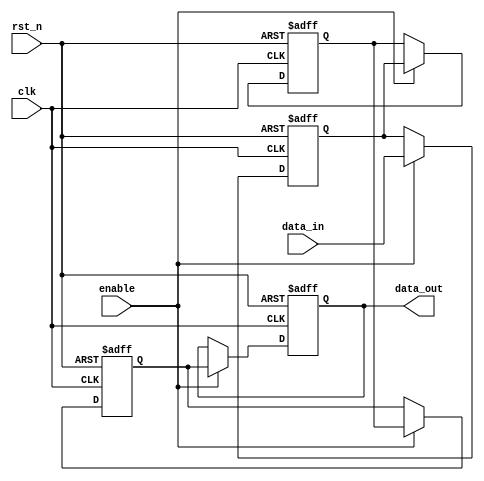
module multistage_register #(
    parameter DATA_WIDTH = 8,  // Width of the data bus
    parameter NUM_STAGES = 4    // Number of stages in the register
)(
    input wire clk,              // Clock signal
    input wire rst_n,            // Active low reset signal
    input wire enable,           // Enable signal for data capture
    input wire [DATA_WIDTH-1:0] data_in,  // Input data
    output wire [DATA_WIDTH-1:0] data_out   // Output data
);

    // Declare an array of registers for the stages
    reg [DATA_WIDTH-1:0] stages [0:NUM_STAGES-1];

    // Sequential logic for the multistage register
    integer i;
    always @(posedge clk or negedge rst_n) begin
        if (!rst_n) begin
            // Reset all stages to zero
            for (i = 0; i < NUM_STAGES; i = i + 1) begin
                stages[i] <= {DATA_WIDTH{1'b0}};
            end
        end else if (enable) begin
            // Shift data through the stages
            stages[0] <= data_in;  // Capture input data in the first stage
            for (i = 1; i < NUM_STAGES; i = i + 1) begin
                stages[i] <= stages[i-1];  // Propagate data to the next stage
            end
        end
    end

    // Output the data from the last stage
    assign data_out = stages[NUM_STAGES-1];

endmodule